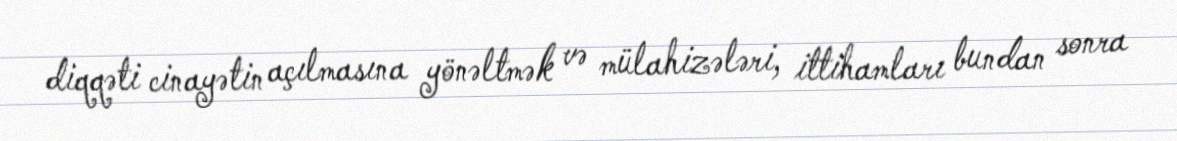
diqqəti cinayətin açılmasına yönəltmək və mülahizələri, ittihamları bundan sonra